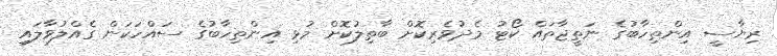
ރިޔާސީ އިންތިހާބުގެ ނަތީޖާތައް ކޯޓު މެދުވެރިކޮށް ބާތިލުކޮށް މުޅި އިންތިހާބުގެ ސައްހަކަން ގެއްލުވާލައި